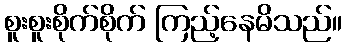
စူးစူးစိုက်စိုက် ကြည့်နေမိသည်။